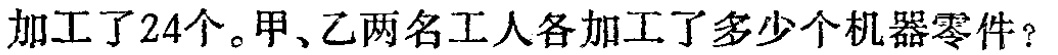
加工了24个。甲、乙两名工人各加工了多少个机器零件？